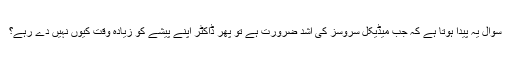
سوال یہ پیدا ہوتا ہے کہ جب میڈیکل سروسز کی اشد ضرورت ہے تو پھر ڈاکٹر اپنے پیشے کو زیادہ وقت کیوں نہیں دے رہے؟